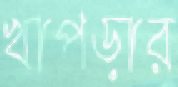
খাপড়ার